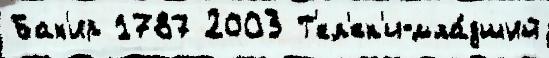
Бах'ир 1787 2003 Т'ел'ек'и-мла́дший